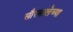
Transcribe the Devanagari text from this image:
सौरमालेच्या